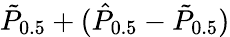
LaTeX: \tilde{P}_{0.5}+(\hat{P}_{0.5}-\tilde{P}_{0.5})